Problem: 4 × 3 = ?
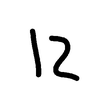
Handwritten answer: 12